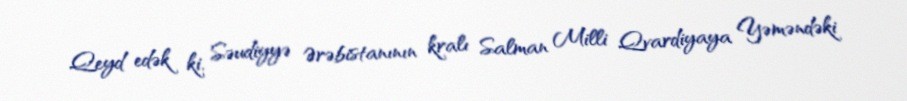
Qeyd edək ki, Səudiyyə Ərəbistanının kralı Salman Milli Qvardiyaya Yəməndəki